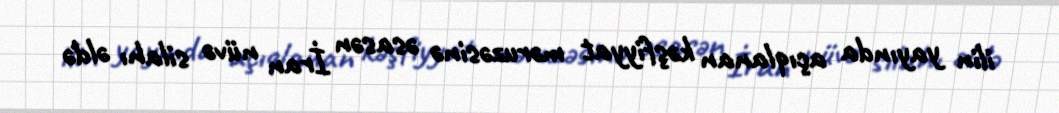
ilin yayında açıqlanan kəşfiyyat məruzəsinə əsasən İran nüvə silahı əldə